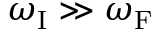
\omega _ { \mathrm { { I } } } \gg \omega _ { \mathrm { { F } } }